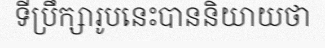
ទីប្រឹក្សារូបនេះបាននិយាយថា